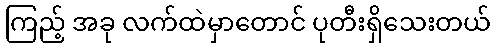
ကြည့် အခု လက်ထဲမှာတောင် ပုတီးရှိသေးတယ်